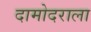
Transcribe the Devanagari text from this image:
दामोदराला